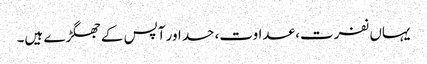
یہاں نفرت، عداوت، حسد اور آپس کے جھگڑے ہیں۔